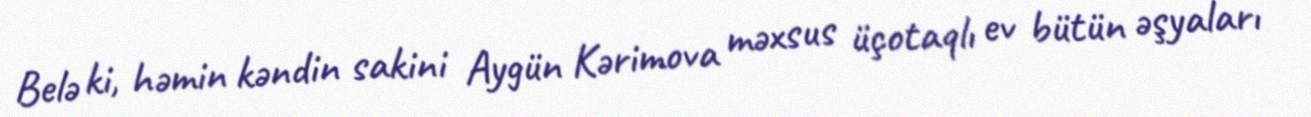
Belə ki, həmin kəndin sakini Aygün Kərimova məxsus üçotaqlı ev bütün əşyaları